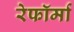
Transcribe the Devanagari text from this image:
रेफॉर्मा